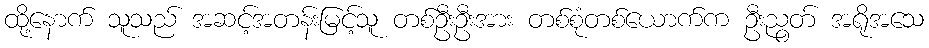
ထို့နောက် သူသည် အဆင့်အတန်းမြင့်သူ တစ်ဦးဦးအား တစ်စုံတစ်ယောက်က ဦးညွတ် အရိုအသေ